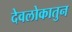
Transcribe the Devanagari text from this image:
देवलोकातुन